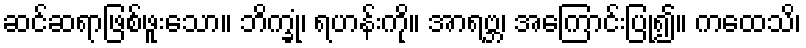
ဆင်ဆရာဖြစ်ဖူးသော။ ဘိက္ခုံ၊ ရဟန်းကို။ အာရဗ္ဘ၊ အကြောင်းပြု၍။ ကထေသိ၊